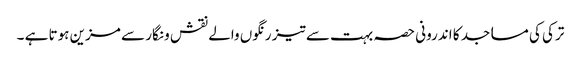
ترکی کی مساجد کا اندرونی حصہ بہت سے تیز رنگوں والے نقش و نگار سے مزین ہوتا ہے ۔